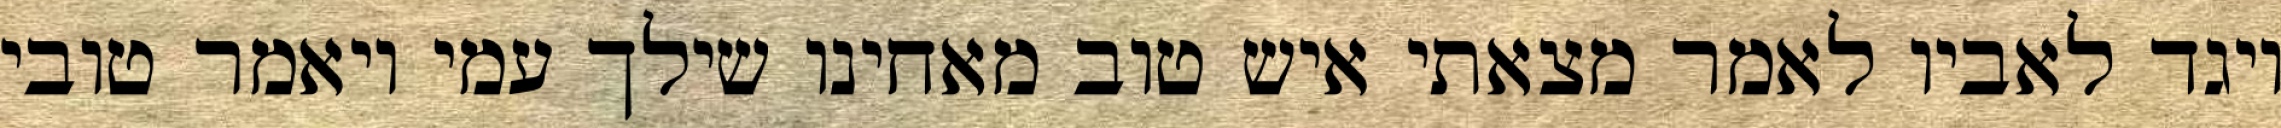
ויגד לאביו לאמר מצאתי איש טוב מאחינו שילך עמי ויאמר טובי